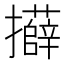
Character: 𭣍